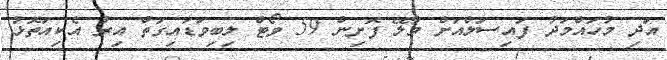
އަދި މުހައްމަދު ފައިސަލްއަށް މާލޭ ފޮށިން 59 ވޯޓް ލިބިވަޑައިގަތް އިރު އެކިއަތޮޅު